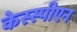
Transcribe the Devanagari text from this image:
केस्स्पीएन